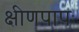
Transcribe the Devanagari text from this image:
क्षीणपापः